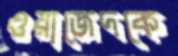
ওয়াজেদকে